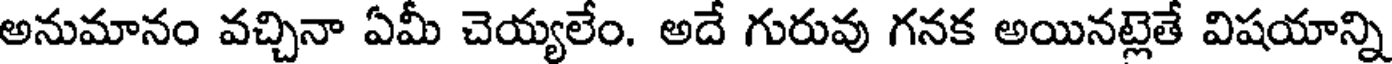
అనుమానం వచ్చినా ఏమీ చెయ్యలేం. అదే గురువు గనక అయినట్లెతే విషయాన్ని